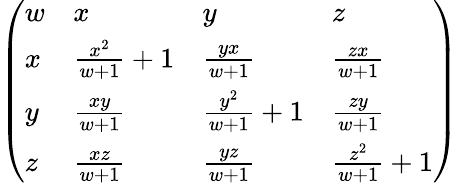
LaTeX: {\left(\begin{array}{llll}{w}&{x}&{y}&{z}\\ {x}&{{\frac{x^{2}}{w+1}}+1}&{{\frac{yx}{w+1}}}&{{\frac{zx}{w+1}}}\\ {y}&{{\frac{xy}{w+1}}}&{{\frac{y^{2}}{w+1}}+1}&{{\frac{zy}{w+1}}}\\ {z}&{{\frac{xz}{w+1}}}&{{\frac{yz}{w+1}}}&{{\frac{z^{2}}{w+1}}+1}\end{array}\right)}